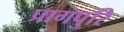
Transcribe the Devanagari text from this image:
प्रागपुरि